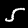
Digit: 5